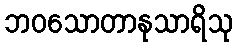
ဘဝသောတာနုသာရိသု